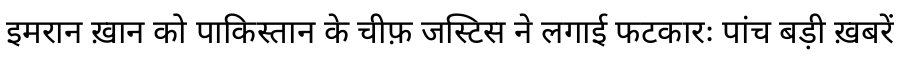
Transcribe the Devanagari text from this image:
इमरान ख़ान को पाकिस्तान के चीफ़ जस्टिस ने लगाई फटकारः पांच बड़ी ख़बरें